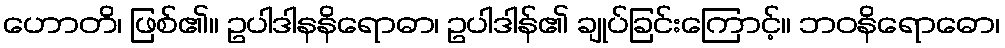
ဟောတိ၊ ဖြစ်၏။ ဥပါဒါနနိရောဓာ၊ ဥပါဒါန်၏ ချုပ်ခြင်းကြောင့်။ ဘဝနိရောဓော၊